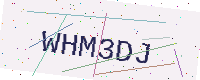
Text: WHM3DJ